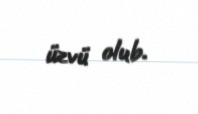
üzvü olub.